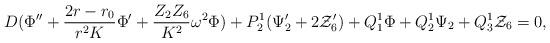
LaTeX: \begin{align*}D (\Phi'' + {2r-r_0 \over r^2 K} \Phi' + {Z_2 Z_6 \over K^2} \omega^2\Phi) + P^1_2 (\Psi_2' + 2 {\cal Z}_6') + Q^1_1 \Phi + Q^1_2 \Psi_2 +Q^1_3 {\cal Z}_6 =0,\end{align*}